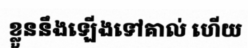
ខ្លួននឹងឡើងទៅគាល់ ហើយ